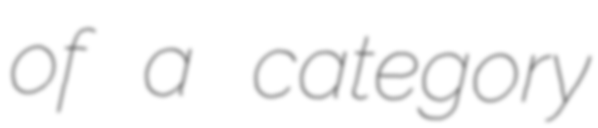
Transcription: of a category